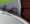
لها